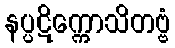
နပ္ပဋိက္ကောသိတဗ္ဗံ